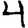
Digit: 4